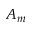
A _ { m }